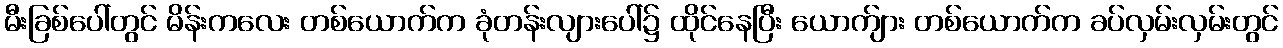
မီးခြစ်ပေါ်တွင် မိန်းကလေး တစ်ယောက်က ခုံတန်းလျားပေါ်၌ ထိုင်နေပြီး ယောက်ျား တစ်ယောက်က ခပ်လှမ်းလှမ်းတွင်